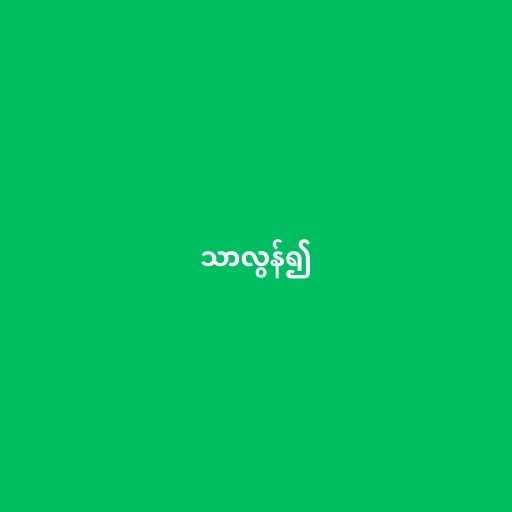
သာလွန်၍